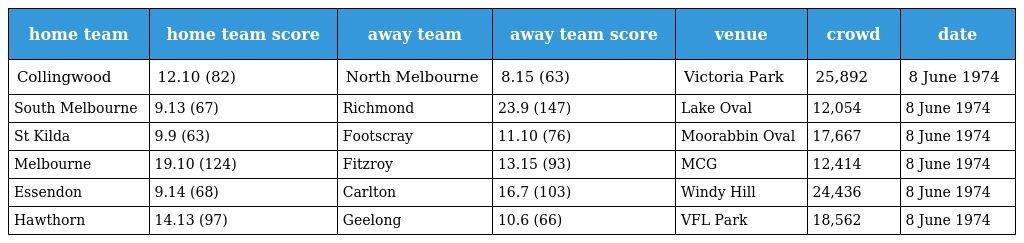
| home team | home team score | away team | away team score | venue | crowd | date |
 | --- | --- | --- | --- | --- | --- | --- |
 | Collingwood | 12.10 (82) | North Melbourne | 8.15 (63) | Victoria Park | 25,892 | 8 June 1974 |
 | South Melbourne | 9.13 (67) | Richmond | 23.9 (147) | Lake Oval | 12,054 | 8 June 1974 |
 | St Kilda | 9.9 (63) | Footscray | 11.10 (76) | Moorabbin Oval | 17,667 | 8 June 1974 |
 | Melbourne | 19.10 (124) | Fitzroy | 13.15 (93) | MCG | 12,414 | 8 June 1974 |
 | Essendon | 9.14 (68) | Carlton | 16.7 (103) | Windy Hill | 24,436 | 8 June 1974 |
 | Hawthorn | 14.13 (97) | Geelong | 10.6 (66) | VFL Park | 18,562 | 8 June 1974 |